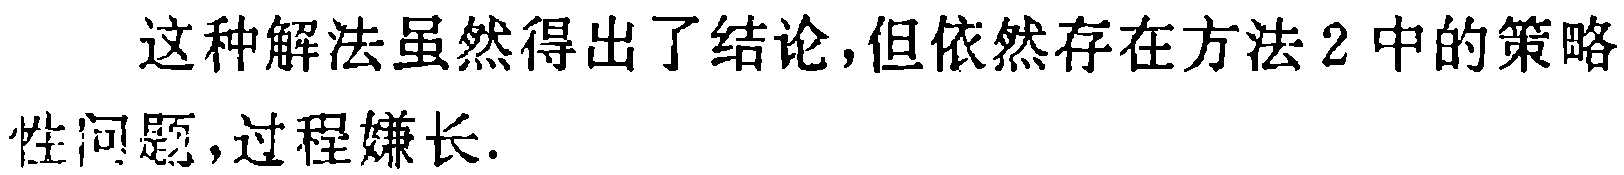
这种解法虽然得出了结论,但依然存在方法2中的策略性问题,过程嫌长.